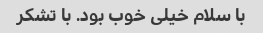
با سلام خیلی خوب بود. با تشکر